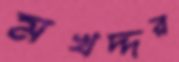
মখদ্দর